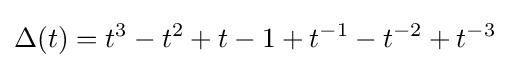
\Delta (t)=t^{3}-t^{2}+t-1+t^{-1}-t^{-2}+t^{-3}